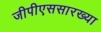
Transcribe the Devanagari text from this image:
जीपीएससारख्या